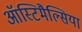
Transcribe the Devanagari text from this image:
ऑस्टिमैल्सिया